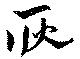
耿